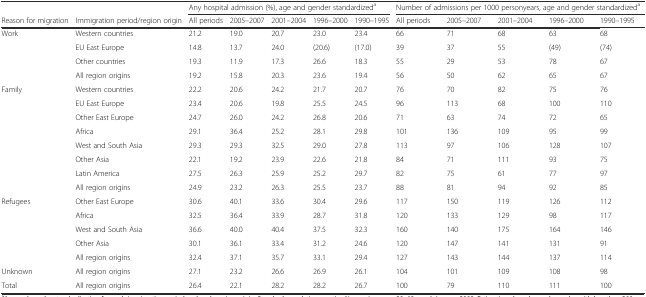
<table><thead><tr><td></td><td></td><td colspan="5"><b>Any hospital admission (%), age and gender standardized<sup>a</sup></b></td><td colspan="5"><b>Number of admissions per 1000 personyears, age and gender standardized<sup>a</sup></b></td></tr><tr><td><b>Reason for migration</b></td><td><b>Immigration period/region origin</b></td><td><b>All periods</b></td><td><b>2005–2007</b></td><td><b>2001–2004</b></td><td><b>1996–2000</b></td><td><b>1990–1995</b></td><td><b>All periods</b></td><td><b>2005–2007</b></td><td><b>2001–2004</b></td><td><b>1996–2000</b></td><td><b>1990–1995</b></td></tr></thead><tbody><tr><td rowspan="4">Work</td><td>Western countries</td><td>21.2</td><td>19.0</td><td>20.7</td><td>23.0</td><td>23.4</td><td>66</td><td>71</td><td>68</td><td>63</td><td>68</td></tr><tr><td>EU East Europe</td><td>14.8</td><td>13.7</td><td>24.0</td><td>(20.6)</td><td>(17.0)</td><td>39</td><td>37</td><td>55</td><td>(49)</td><td>(74)</td></tr><tr><td>Other countries</td><td>19.3</td><td>11.9</td><td>17.3</td><td>26.6</td><td>18.3</td><td>55</td><td>29</td><td>53</td><td>78</td><td>67</td></tr><tr><td>All region origins</td><td>19.2</td><td>15.8</td><td>20.3</td><td>23.6</td><td>19.4</td><td>56</td><td>50</td><td>62</td><td>65</td><td>67</td></tr><tr><td rowspan="8">Family</td><td>Western countries</td><td>22.2</td><td>20.6</td><td>24.2</td><td>21.7</td><td>20.7</td><td>76</td><td>70</td><td>82</td><td>75</td><td>76</td></tr><tr><td>EU East Europe</td><td>23.4</td><td>20.6</td><td>19.8</td><td>25.5</td><td>24.5</td><td>96</td><td>113</td><td>68</td><td>100</td><td>110</td></tr><tr><td>Other East Europe</td><td>24.7</td><td>26.0</td><td>24.2</td><td>26.8</td><td>20.6</td><td>71</td><td>63</td><td>74</td><td>72</td><td>65</td></tr><tr><td>Africa</td><td>29.1</td><td>36.4</td><td>25.2</td><td>28.1</td><td>29.8</td><td>101</td><td>136</td><td>109</td><td>95</td><td>99</td></tr><tr><td>West and South Asia</td><td>29.3</td><td>29.3</td><td>32.5</td><td>29.0</td><td>27.8</td><td>113</td><td>97</td><td>106</td><td>128</td><td>107</td></tr><tr><td>Other Asia</td><td>22.1</td><td>19.2</td><td>23.9</td><td>22.6</td><td>21.8</td><td>84</td><td>71</td><td>111</td><td>93</td><td>75</td></tr><tr><td>Latin America</td><td>27.5</td><td>26.3</td><td>25.9</td><td>25.2</td><td>29.7</td><td>82</td><td>75</td><td>61</td><td>77</td><td>97</td></tr><tr><td>All region origins</td><td>24.9</td><td>23.2</td><td>26.3</td><td>25.5</td><td>23.7</td><td>88</td><td>81</td><td>94</td><td>92</td><td>85</td></tr><tr><td rowspan="5">Refugees</td><td>Other East Europe</td><td>30.6</td><td>40.1</td><td>33.6</td><td>30.4</td><td>29.6</td><td>117</td><td>150</td><td>119</td><td>126</td><td>112</td></tr><tr><td>Africa</td><td>32.5</td><td>36.4</td><td>33.9</td><td>28.7</td><td>31.8</td><td>120</td><td>133</td><td>129</td><td>98</td><td>117</td></tr><tr><td>West and South Asia</td><td>36.6</td><td>40.0</td><td>40.4</td><td>37.5</td><td>32.3</td><td>160</td><td>140</td><td>175</td><td>164</td><td>146</td></tr><tr><td>Other Asia</td><td>30.1</td><td>36.1</td><td>33.4</td><td>31.2</td><td>24.6</td><td>120</td><td>147</td><td>141</td><td>131</td><td>91</td></tr><tr><td>All region origins</td><td>32.4</td><td>37.1</td><td>35.7</td><td>33.1</td><td>29.4</td><td>127</td><td>143</td><td>144</td><td>137</td><td>114</td></tr><tr><td>Unknown</td><td>All region origins</td><td>27.1</td><td>23.2</td><td>26.6</td><td>26.9</td><td>26.1</td><td>104</td><td>101</td><td>109</td><td>108</td><td>98</td></tr><tr><td>Total</td><td>All region origins</td><td>26.4</td><td>22.1</td><td>28.2</td><td>28.2</td><td>26.7</td><td>100</td><td>79</td><td>110</td><td>111</td><td>100</td></tr></tbody></table>